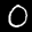
Label: 0